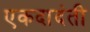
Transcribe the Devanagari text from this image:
एकदादंती